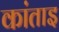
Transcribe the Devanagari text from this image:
कांताइ